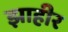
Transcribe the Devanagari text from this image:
झाहीर